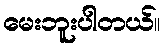
မေးဘူးပါတယ်။